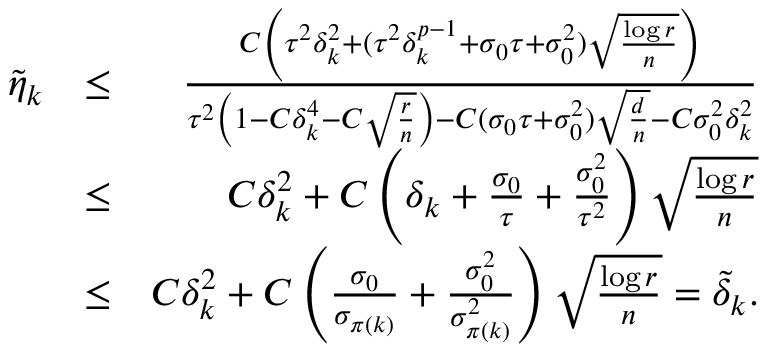
\begin{array} { r l r } { \tilde { \eta } _ { k } } & { \le } & { { \frac { C \left( \tau ^ { 2 } \delta _ { k } ^ { 2 } + ( \tau ^ { 2 } \delta _ { k } ^ { p - 1 } + \sigma _ { 0 } \tau + \sigma _ { 0 } ^ { 2 } ) \sqrt { \frac { \log r } { n } } \right) } { \tau ^ { 2 } \left( 1 - C \delta _ { k } ^ { 4 } - C \sqrt { \frac { r } { n } } \right) - C ( \sigma _ { 0 } \tau + \sigma _ { 0 } ^ { 2 } ) \sqrt { \frac { d } { n } } - C \sigma _ { 0 } ^ { 2 } \delta _ { k } ^ { 2 } } } } \\ & { \le } & { C \delta _ { k } ^ { 2 } + C \left( \delta _ { k } + { \frac { \sigma _ { 0 } } { \tau } } + { \frac { \sigma _ { 0 } ^ { 2 } } { \tau ^ { 2 } } } \right) \sqrt { \frac { \log r } { n } } } \\ & { \le } & { C \delta _ { k } ^ { 2 } + C \left( { \frac { \sigma _ { 0 } } { \sigma _ { \pi ( k ) } } } + { \frac { \sigma _ { 0 } ^ { 2 } } { \sigma _ { \pi ( k ) } ^ { 2 } } } \right) \sqrt { \frac { \log r } { n } } = \tilde { \delta } _ { k } . } \end{array}